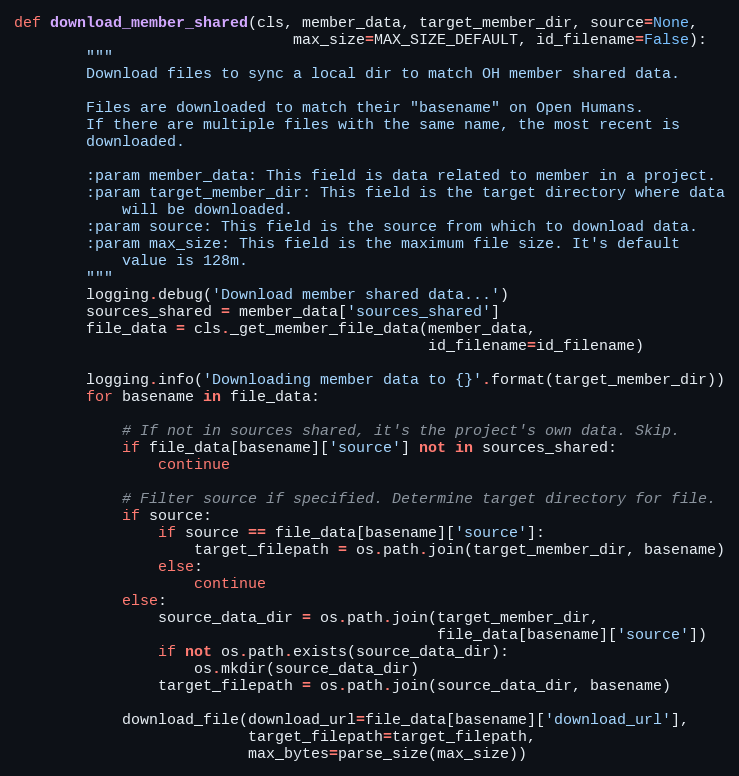
Language: Python
def download_member_shared(cls, member_data, target_member_dir, source=None,
                               max_size=MAX_SIZE_DEFAULT, id_filename=False):
        """
        Download files to sync a local dir to match OH member shared data.

        Files are downloaded to match their "basename" on Open Humans.
        If there are multiple files with the same name, the most recent is
        downloaded.

        :param member_data: This field is data related to member in a project.
        :param target_member_dir: This field is the target directory where data
            will be downloaded.
        :param source: This field is the source from which to download data.
        :param max_size: This field is the maximum file size. It's default
            value is 128m.
        """
        logging.debug('Download member shared data...')
        sources_shared = member_data['sources_shared']
        file_data = cls._get_member_file_data(member_data,
                                              id_filename=id_filename)

        logging.info('Downloading member data to {}'.format(target_member_dir))
        for basename in file_data:

            # If not in sources shared, it's the project's own data. Skip.
            if file_data[basename]['source'] not in sources_shared:
                continue

            # Filter source if specified. Determine target directory for file.
            if source:
                if source == file_data[basename]['source']:
                    target_filepath = os.path.join(target_member_dir, basename)
                else:
                    continue
            else:
                source_data_dir = os.path.join(target_member_dir,
                                               file_data[basename]['source'])
                if not os.path.exists(source_data_dir):
                    os.mkdir(source_data_dir)
                target_filepath = os.path.join(source_data_dir, basename)

            download_file(download_url=file_data[basename]['download_url'],
                          target_filepath=target_filepath,
                          max_bytes=parse_size(max_size))